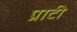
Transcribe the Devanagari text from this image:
प्राटी